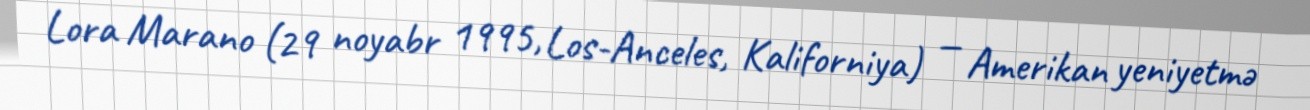
Lora Marano (29 noyabr 1995, Los-Anceles, Kaliforniya) — Amerikan yeniyetmə